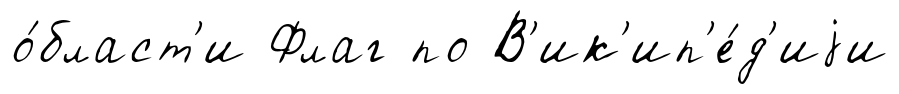
о́бласт'и Флаг по В'ик'ип'е́д'иjи